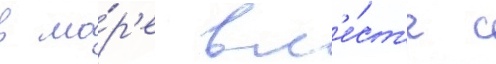
в мо́р'е вм'е́ст'е с